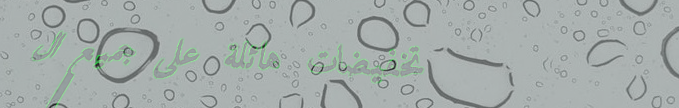
تخفيضات هائلة على جميع ال